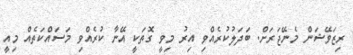
ރިޒަވޭޝަން މެނޭޖަރަށް. ބަދަލުކުރެއްވި އިރު މިވީ ގޮތަކީ އޭނާ ކުރެއްވި މަސައްކަތެއް މިއީ